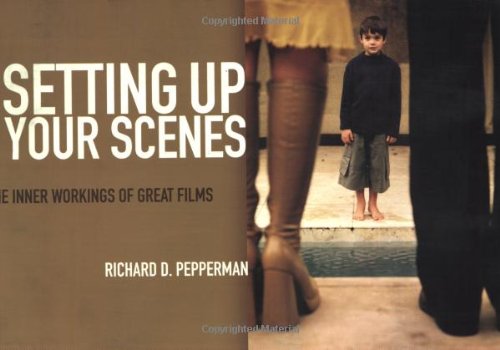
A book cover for Setting Up Your Scenes: The Inner Workings of Great Films; Richard D Pepperman; Humor & Entertainment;